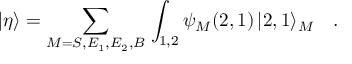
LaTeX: | \eta \rangle = \sum _ { M = S , E _ { 1 } , E _ { 2 } , B } \, \int _ { 1 , 2 } \psi _ { M } ( 2 , 1 ) \, | 2 , 1 \rangle _ { M } \quad .